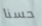
حسنا